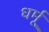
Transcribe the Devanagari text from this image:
धर्मू